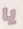
يا